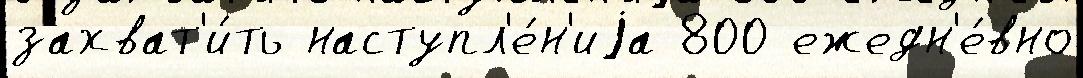
захват'и́ть наступл'е́н'иjа 800 ежедн'е́вно